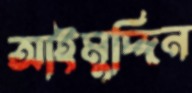
আইমুদ্দিন